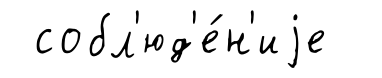
собл'юд'е́н'иjе